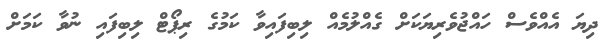
ދިޔަ އެއްވެސް ހައްޖުވެރިޔަކަށް ގެއްލުމެއް ލިބިފައިވާ ކަމުގެ ރިޕޯޓް ލިބިފައި ނުވާ ކަމަށް